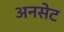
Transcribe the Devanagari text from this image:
अनसेट